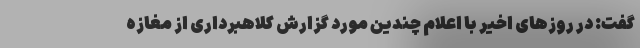
گفت: در روز‌های اخیر با اعلام چندین مورد گزارش کلاهبرداری از مغازه